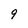
Character: 9